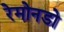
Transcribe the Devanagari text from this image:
रेमोनडो